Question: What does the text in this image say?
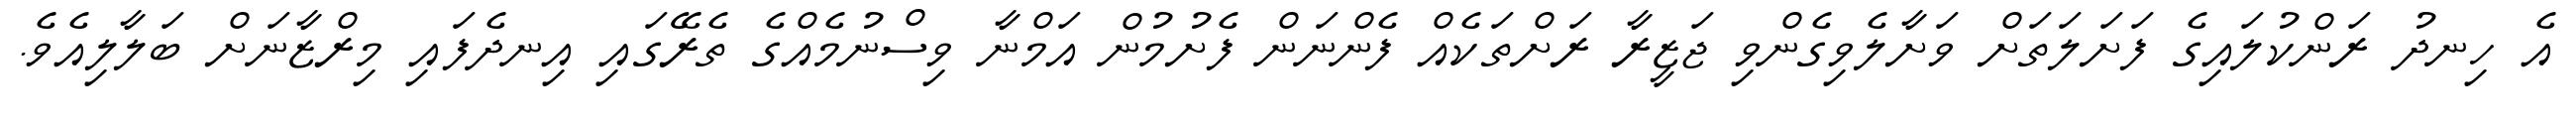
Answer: އެ ހިނދު ރަންކުލައިގެ ފަށަލަތަށް ވަށާލެވިގެންވި ޖަޒީރާ ރަށްތަކެއް ފެންނަން ފެށުމުން އަމްނާ ވިސްނުމެއްގެ ތެރޭގައި އިނދެފައި މިރްޒާނަށް ބަލާލިއެވެ.